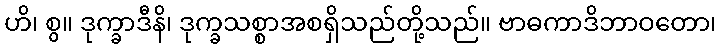
ဟိ၊ စွ။ ဒုက္ခာဒီနိ၊ ဒုက္ခသစ္စာအစရှိသည်တို့သည်။ ဗာဓကာဒိဘာဝတော၊